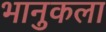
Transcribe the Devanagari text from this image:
भानुकला